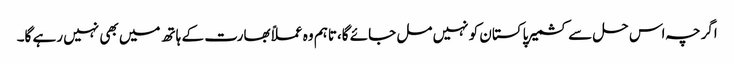
اگرچہ اس حل سے کشمیر پاکستان کو نہیں مل جائے گا،تاہم وہ عملاًبھارت کے ہاتھ میں بھی نہیں رہے گا۔